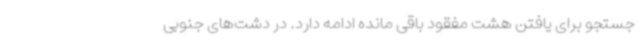
جستجو برای یافتن هشت مفقود باقی مانده ادامه دارد. در دشت‌های جنوبی